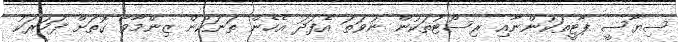
ސިޔާސީ ޕާޓީތަކުންނާއި ރިސޯޓުތަކުން ނުވަތަ އެފަދަ އެހެން ތަނަކުން ޒިންމާވާ ގޮތަށް ފަހަރަކު